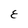
Character: E